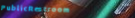
PublicRestroom